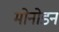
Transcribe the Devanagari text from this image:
मोनोडन